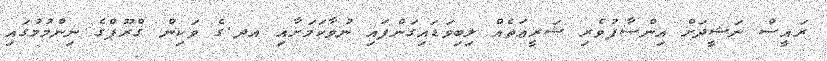
ރައީސް ނަޝީދަށް އިންސާފުވެރި ޝަރީޢަތެއް ލިބިވަޑައިގަންފައި ނުވާކަމަށާއި އދ.ގެ ވަކިން ގްރޫޕްގެ ނިންމުމުގައި